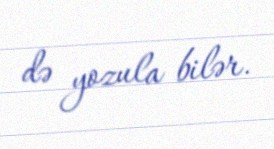
də yozula bilər.